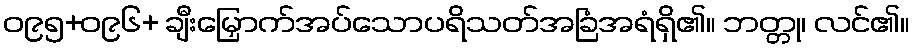
ဝ၉၅+ဝ၉၆+ ချီးမြှောက်အပ်သောပရိသတ်အခြံအရံရှိ၏။ ဘတ္တု၊ လင်၏။